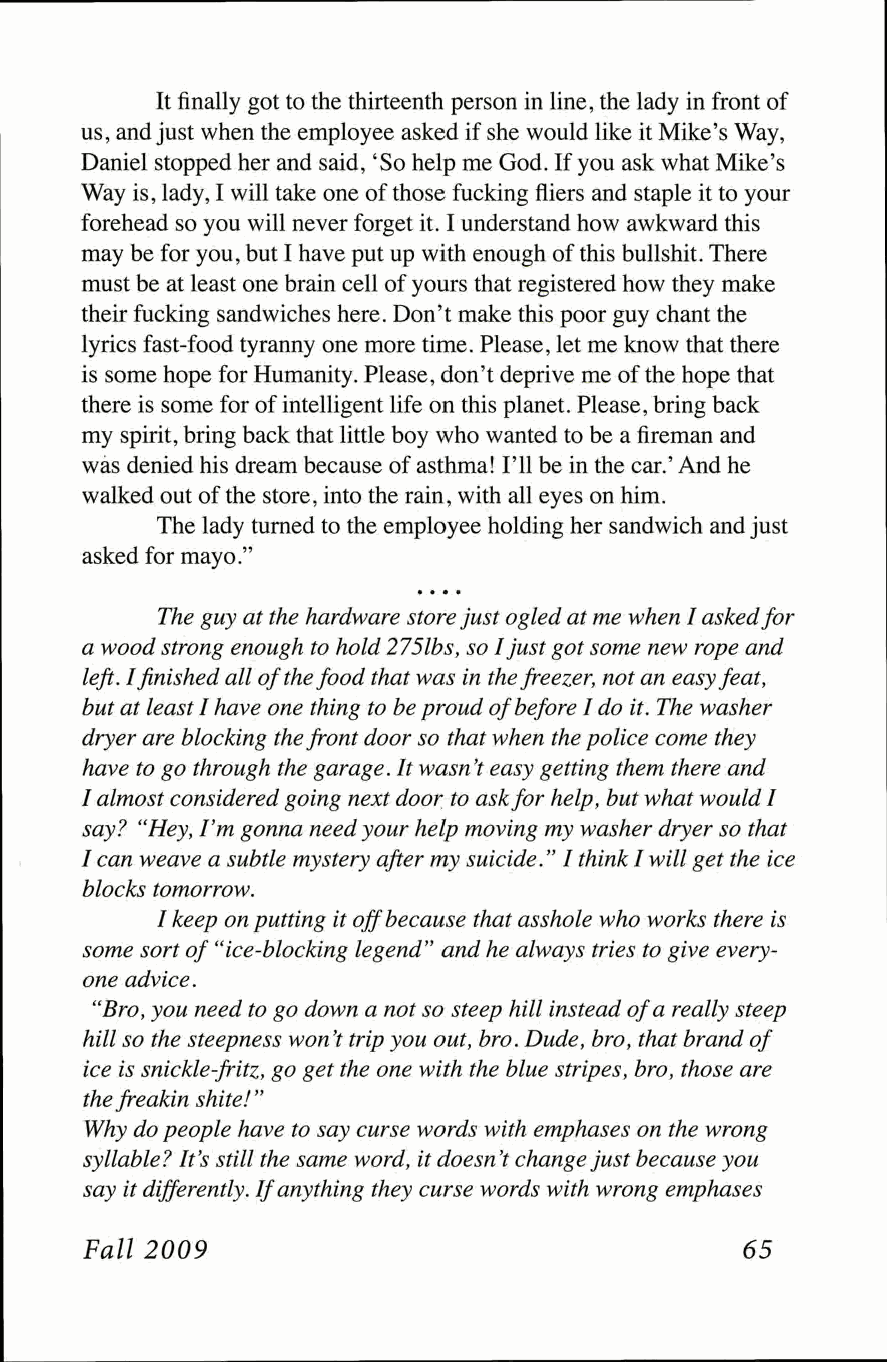
It finally got to the thirteenth person in line, the lady in front of
 us, and just when the employee asked if she would like it Mike's Way,
 Daniel stopped her and said, 'So help me God. If you ask what Mike's
 Way is, lady, I will take one of those fucking fliers and staple it to your
 forehead so you will never forget it. I understand how awkward this
 may be for you, but I have put up with enough of this bullshit. There
 must be at least one brain cell of yours that registered how they make
 their fucking sandwiches here. Don't make this poor guy chant the
 lyrics fast-food tyranny one more time. Please, let me know that there
 is some hope for Humanity. Please, don't deprive me of the hope that
 there is some for of intelligent life on this planet. Please, bring back
 my spirit, bring back that little boy who wanted to be a fireman and
 was denied his dream because of asthma! I'll be in the car.' And he
 walked out of the store, into the rain, with all eyes on him.
 The lady turned to the employee holding her sandwich and just
 asked for mayo."
 The guy at the hardware store just ogled at me when I asked for
 a wood strong enough to hold 275lbs, so I just got some new rope and
 left. I finished all of the food that was in the freezer, not an easy feat,
 but at least I have one thing to be proud of before I do it. The washer
 dryer are blocking the front door so that when the police come they
 have to go through the garage. It wasn't easy getting them there and
 I almost considered going next door to ask for help, but what would I
 say? "Hey, I'm gonna need your help moving my washer dryer so that
 I can weave a subtle mystery after my suicide." I think I will get the ice
 blocks tomorrow.
 I keep on putting it off because that asshole who works there is
 some sort of "ice-blocking legend" and he always tries to give every­
 one advice.
 "Bro, you need to go down a not so steep hill instead of a really steep
 hill so the steepness won't trip you out, bro. Dude, bro, that brand of
 ice is snickle-fritz, go get the one with the blue stripes, bro, those are
 the freakin shite!"
 Why do people have to say curse words with emphases on the wrong
 syllable? It's still the same word, it doesn't change just because you
 say it differently. If anything they curse words with wrong emphases
 Fall 2009                                   65